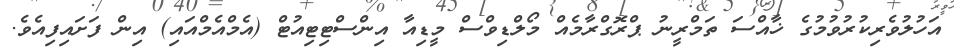
އަހުލުވެރިކުރުވުމުގެ ޚާއްސަ ތަމްރީނު ޕްރޮގްރާމެއް މޯލްޑިވްސް މީޑިއާ އިންސްޓިޓިއުޓް (އެމްއެމްއައި) އިން ފަށައިފިއެވެ.